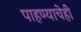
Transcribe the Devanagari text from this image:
पाहण्याचेही